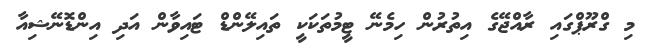
މި ގްރޫޕްގައި ރާއްޖޭގެ އިތުރުން ހިމެނޭ ޓީމުތަކަކީ ތައިލޭންޑް ޓައިވާން އަދި އިންޑޮނޭޝިއާ